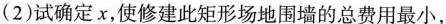
(2)试确定x，使修建此矩形场地围墙的总费用最小，